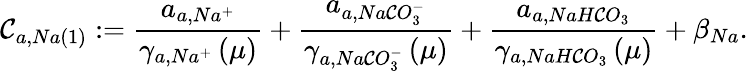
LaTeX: \mathcal{C}_{a,Na\left(1\right)}:=\frac{{a_{a,Na^{+}}}}{{\gamma_{a,Na^{+}}\left(\mu\right)}}+\frac{{a_{a,Na\mathcal{C}O_{3}^{-}}}}{{\gamma_{a,Na\mathcal{C}O_{3}^{-}}\left(\mu\right)}}+\frac{{a_{a,NaH\mathcal{C}O_{3}}}}{{\gamma_{a,NaH\mathcal{C}O_{3}}\left(\mu\right)}}+\beta_{Na}.